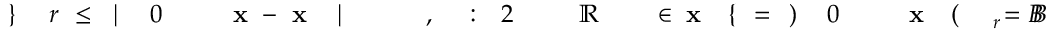
B \! \! \! \! \! \! \! \! \! \! \! \! = B \! \! \! \! \! \! \! \! \! \! \! \! _ { r } \! \! \! \! \! \! \! \! \! \! \! \! ( \! \! \! \! \! \! \! \! \! \! \! \! \mathbf { x } \! \! \! \! \! \! \! \! \! \! \! \! _ { \! } \! \! \! \! \! \! \! \! \! \! \! 0 \! \! \! \! \! \! \! \! \! \! \! \! ) \! \! \! \! \! \! \! \! \! \! \! \! = \! \! \! \! \! \! \! \! \! \! \! \! \{ \! \! \! \! \! \! \! \! \! \! \! \! \mathbf { x } \! \! \! \! \! \! \! \! \! \! \! \! \in \! \! \! \! \! \! \! \! \! \! \! \! \ensuremath { \! \! \! \! \! \! \! \! \! \! \! \! \mathbb { R } } \! \! \! \! \! \! \! \! \! \! \! \! ^ { \! } \! \! \! \! \! \! \! \! \! \! \! 2 \! \! \! \! \! \! \! \! \! \! \! \! : \! \! \! \! \! \! \! \! \! \! \! \! , \! \! \! \! \! \! \! \! \! \! \! \! \! \! \! \! \! \! \! \! \! \! \! \! | \! \! \! \! \! \! \! \! \! \! \! \! \mathbf { x } \! \! \! \! \! \! \! \! \! \! \! \! - \! \! \! \! \! \! \! \! \! \! \! \! \mathbf { x } \! \! \! \! \! \! \! \! \! \! \! \! _ { \! } \! \! \! \! \! \! \! \! \! \! \! 0 \! \! \! \! \! \! \! \! \! \! \! \! | \! \! \! \! \! \! \! \! \! \! \! \! \leq \! \! \! \! \! \! \! \! \! \! \! \! r \! \! \! \! \! \! \! \! \! \! \! \! \} \! \! \! \! \! \! \! \! \! \! \!